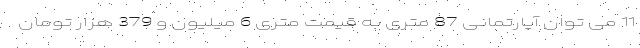
11 می توان آپارتمانی 87 متری به قیمت متری 6 میلیون و 379 هزار تومان